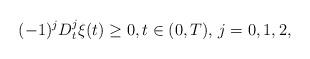
LaTeX: \begin{align*} (-1)^jD_t^j\xi(t)\ge 0,t\in (0,T),\,j=0,1,2,\end{align*}